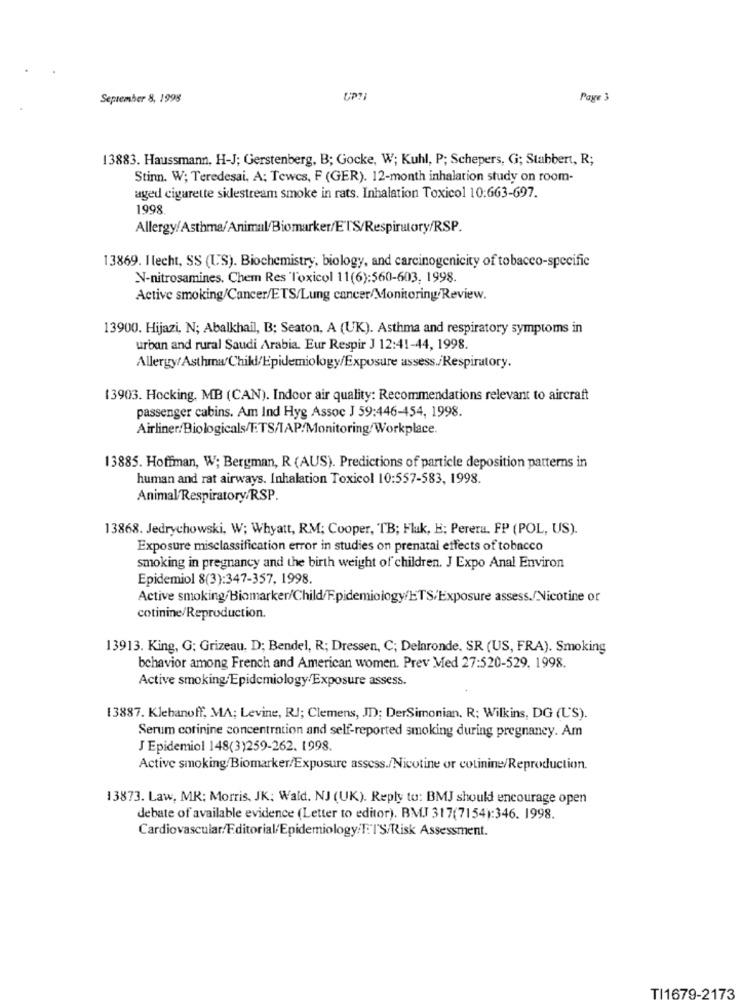
September 8, 1998
UP ?;
Page 3
13883. Haussmann, H-J; Gerstenberg, B; Gocke, W; Kuhl, P; Schepers, Gi; Stabbert, R;
Stinn. W; Teredesai, A: Tewcs, F (GER). 12-month inhalation study on room-
aged cigarette sklestream smoke in rats. Inhalation Toxicol 10:663-697.
1998
Allergy/Asthma/Animal/Biomarker/ETS/Respiratory/RSP.
13869. I lecht, SS (US). Biochemistry, biology, and carcinogenicity of tobacco-specific
N-nitrosamines. Chem Res Toxicol 11(6):560-603, 1998.
Active smoking/Cancer/ETS/Lung cancer/Monitoring/Review.
13900. Hijazi, N; Abalkhail, B; Seaton, A (UK). Asthma and respiratory symptoms in
urban and rural Saudi Arabia. Eur Respir J 12:41-44, 1998.
Allergy/Asthma/Child/Epidemiology/Exposure assess./Respiratory.
13903. Hocking, MB (CAN). Indoor air quality: Recommendations relevant to aircraft
passenger cabins. Am Ind Hyg Assoc J 59:446-454, 1998.
Airliner/Biologicals/ETS/TAP/Monitoring/Workplace.
13885. Hoffman, W; Bergman, R (AUS). Predictions of particle deposition patterns in
human and rat airways. Inhalation Toxicol 10:557-583, 1998.
Animal/Respiratory/RSP.
13868. Jedrychowski, W; Whyatt, RM; Cooper, TB; Fluk, H; Perera. FP (POL, US).
Exposure misclassification error in studies on prenatal effects of tobacco
smoking in pregnancy and the birth weight of children. J Expo Anal Environ
Epidemiol 8(3):347-357, 1998.
Active smoking/Biomarker/Child/Epidemiology/ETS/Exposure assess./Nicotine or
cotinine/Reproduction.
13913. King, G; Grizeau, D; Bendel, R; Dressen, C; Delaronde, SR (US, FRA). Smoking
behavior among French and American women. Prev Med 27:520-529, 1998.
Active smoking Epidemiology/Exposure assess.
13887. Klehanoff, MA; Levine, RJ; Clemens, JD); DerSimonian. R; Wilkins, DG (US).
Serum corinine concentration and self-reported smoking during pregnancy. Am
J Epidemiol 148(3)259-262. 1998.
Active smoking Biomarker/Exposure assess./Nicotine or cotinine/Reproduction.
13873. Law, MR: Morris, JK: Wald. NJ (UK). Reply to: BMJ should encourage open
debate of available evidence (Letter to editor). BMJ 317(7154):346. 1998.
Cardiovascular/Editorial/Epidemiology/F. l'S/Risk Assessment.
TI1679-2173